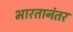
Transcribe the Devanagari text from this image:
भारतानंतर